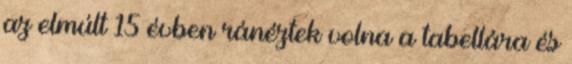
az elmúlt 15 évben ránéztek volna a tabellára és